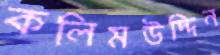
কলিমউদ্দিন